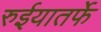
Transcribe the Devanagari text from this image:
रुईयातर्फे